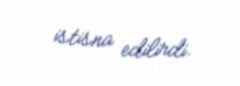
istisna edilirdi.